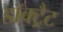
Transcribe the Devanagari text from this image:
डॉक्ट्रैट